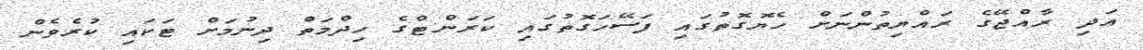
އަދި ރާއްޖޭގެ ރައްޔިތުންނަށް ހެޔޮގޮތުގައި ފަސޭހަގޮތުގައި ކަރަންޓްގެ ހިދްމަތް ދިނުމަށް ޓަކައި ކުރެވެން